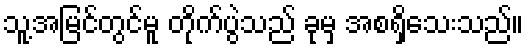
သူ့အမြင်တွင်မူ တိုက်ပွဲသည် ခုမှ အစရှိသေးသည်။